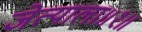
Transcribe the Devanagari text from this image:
जेत्याला॥१॥